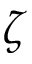
\zeta